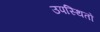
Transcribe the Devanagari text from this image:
उपस्थितों